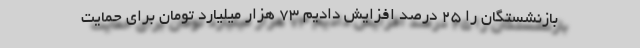
بازنشستگان را ۲۵ درصد افزایش دادیم ۷۳ هزار میلیارد تومان برای حمایت